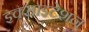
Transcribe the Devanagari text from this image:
इक्साइटेशन